Annual report of the Imperial Bacteriologist
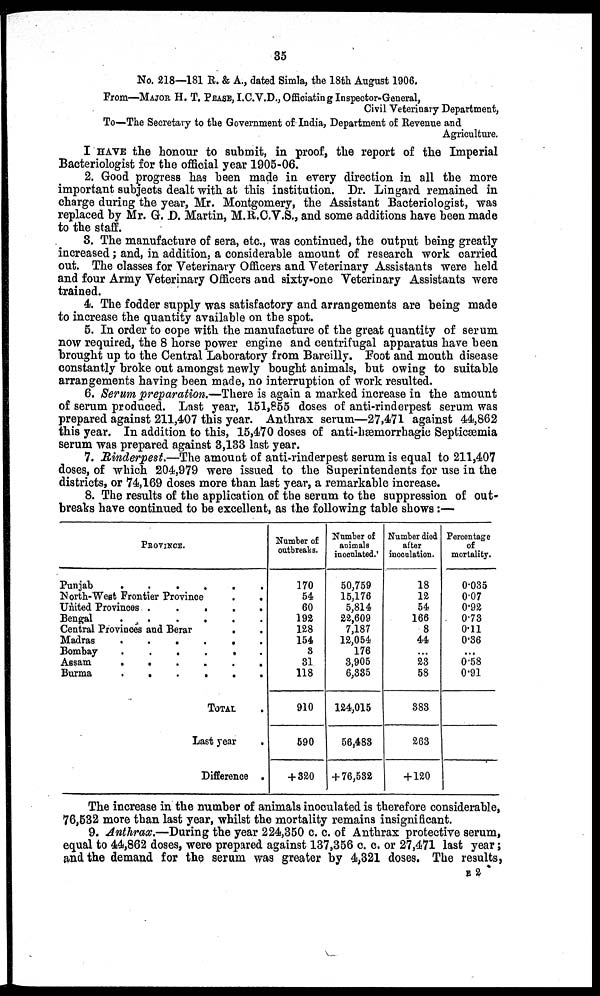
35
No. 218—181 R. & A., dated Simla, the 18th August 1906.
From—MAJOR H. T. PEASE, I.C.V.D., Officiating Inspector-General,
Civil Veterinary Department,
To—The Secretary to the Government of-India, Department of Revenue and
Agriculture.
I HAVE the honour to submit, in proof, the report of the Imperial
Bacteriologist for the official year 1905-06.
2. Good progress has been made in every direction in all the more
important subjects dealt with at this institution. Dr. Lingard remained in
charge during the year, Mr. Montgomery, the Assistant Bacteriologist, was
replaced by Mr. G. D. Martin, M.R.C.V.S., and some additions have been made
to the staff.
3. The manufacture of sera, etc., was continued, the output being greatly
increased; and, in addition, a considerable amount of research work carried
out. The classes for Veterinary Officers and Veterinary Assistants were held
and four Army Veterinary Officers and sixty-one Veterinary Assistants were
trained.
4. The fodder supply was satisfactory and arrangements are being made
to increase the quantity available on the spot.
5. In order to cope with the manufacture of the great quantity of serum
now required, the 8 horse power engine and centrifugal apparatus have been
brought up to the Central Laboratory from Bareilly. Foot and mouth disease
constantly broke out amongst newly bought animals, but owing to suitable
arrangements having been made, no interruption of work resulted.
6. Serum preparation.—There is again a marked increase in the amount
of serum produced. Last year, 151,855 doses of anti-rinderpest serum was
prepared against 211,407 this year. Anthrax serum—27,471 against 44,862
this year. In addition to this, 15,470 doses of anti-hæmorrhagio Septicæmia
serum was prepared against 3,133 last year.
7. Rinderpest.—The amount of anti-rinderpest serum is equal to 211,407
doses, of which 204,979 were issued to the Superintendents for use in the
districts, or 74,169 doses more than last year, a remarkable increase.
8. The results of the application of the serum to the suppression of out-
breaks have continued to be excellent, as the following table shows:—
PROVINCE.
Punjab
.
.
.
.
.
North-West Frontier Province
.
.
United Provinces .
.
.
.
.
Bengal
.
.
.
.
.
Central Provinces and Berar
.
Madras
......
Bombay
......
Assam
.
.
.
.
Burma
.
.
.
.
.
TOTAL
Last year
.
Difference .
Number of
outbreaks.
170
54
60
192
128
154
3
31
118
910
590
+ 320
Number of
animals
inoculated.
50,759
15,176
5,814
22,609
7,187
12,054
176
3,905
6,335
124,015
56,483
+ 76,532
Number died
after
inoculation.
18
12
54
166
8
44
...
23
58
383
263
+ 120
Percentage
of
mortality.
0.035
0.07
0.92
0.73
0.11
0.36
...
0.58
0.91
The increase in the number of animals inoculated is therefore considerable,
76,532 more than last year, whilst the mortality remains insignificant.
9. Anthrax.—During the year 224,350 c. c. of Anthrax protective serum,
equal to 44,862 doses, were prepared against 137,356 c. c. or 27,471 last year ;
and the demand for the serum was greater by 4,321 doses. The results,
E 2